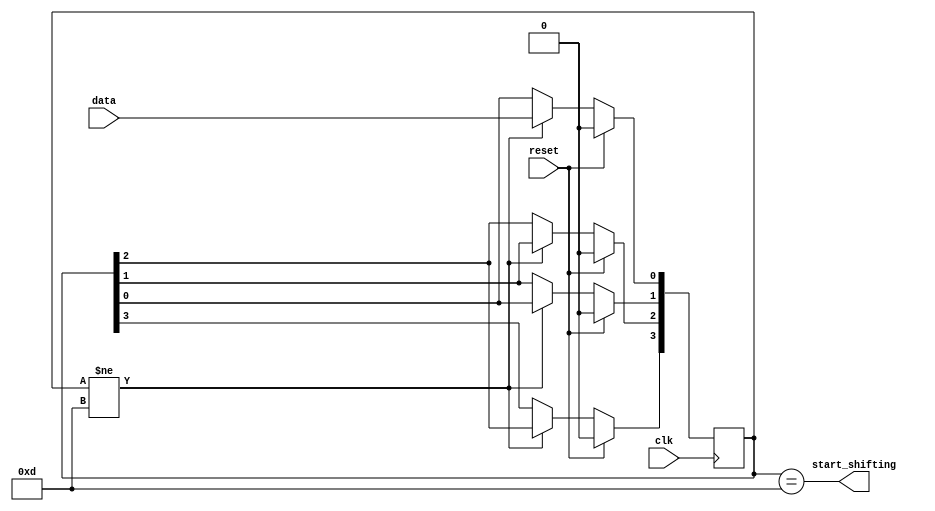
module top_module (
    input clk,
    input reset,      // Synchronous reset
    input data,
    output start_shifting);

    reg [3:0]buf_q = 4'b0000;
    always @(posedge clk) begin
        if(reset) begin
            buf_q <= 4'b0000; 
        end
        else if(buf_q != 4'b1101) begin
            buf_q[0] <= data;
            buf_q[1] <= buf_q[0];
            buf_q[2] <= buf_q[1];
            buf_q[3] <= buf_q[2];
        end
    end
    assign start_shifting = buf_q == 4'b1101;
endmodule